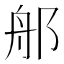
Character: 郍